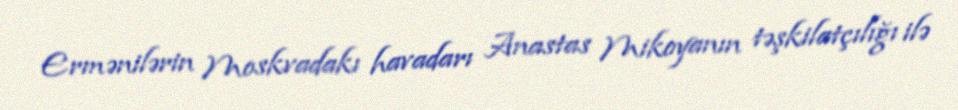
Ermənilərin Moskvadakı havadarı Anastas Mikoyanın təşkilatçılığı ilə